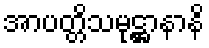
အာပတ္တိသမုဋ္ဌာနာနိ